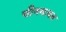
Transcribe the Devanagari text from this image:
चीनबाबत